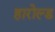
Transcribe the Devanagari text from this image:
हारोल्ड